Annual report of the Central Committee of the Association together with the report of the directors of the Pasteur Institute at Kasauli
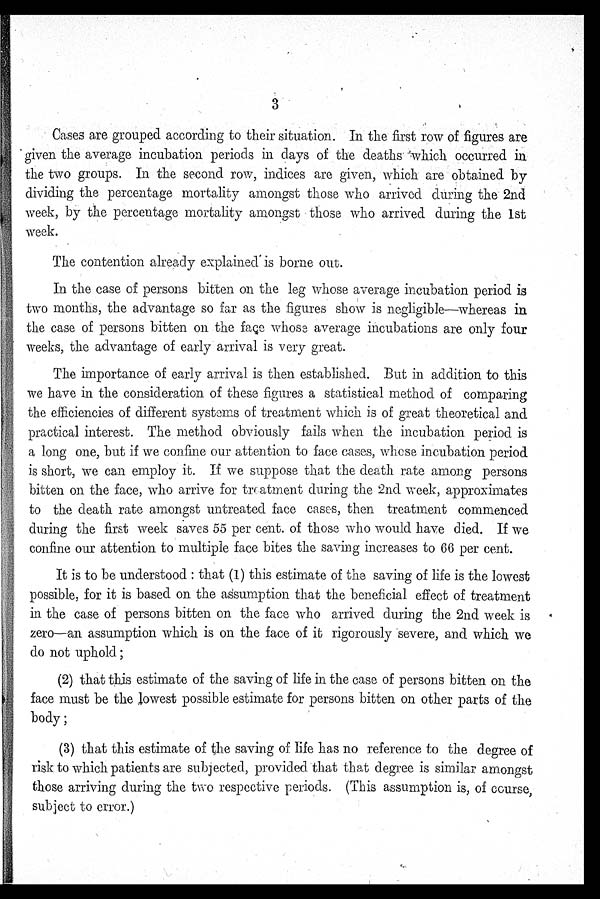
3
Cases are grouped according to their situation. In the first row of figures are
' given the average incubation periods in days of the deaths 'which occurred in
the two groups. In the second row, indices are given, which are obtained by
dividing the percentage mortality amongst those who arrived during the 2nd
week, by the percentage mortality amongst those who arrived during the 1st
week.
The contention already explained' is borne out.
In the case of persons bitten on the leg whose average incubation period is
two months, the advantage so far as the figures show is negligible—whereas in
the case of persons bitten on the face whose average incubations are only four
weeks, the advantage of early arrival is very great.
The importance of early arrival is then established. But in addition to this
w e have in the consideration of these figures a statistical method of comparing
t
he efficiencies of different systems of treatment which is of great theoretical and
p
ractical interest. The method obviously fails when the incubation period is
a long one, but if we confine our attention to face cases, whose incubation period
i s short, we can employ it. If we suppose that the death rate among persons
b itten on the face, who arrive for treatment during the 2nd week, approximates
to the death rate amongst untreated face cases, then treatment commenced
during the first week saves 55 per cent. of those who would have died. If we
c onfine our attention to multiple face bites the saving increases to 66 per cent.
It is to be understood : that (1) this estimate of the saving of life is the lowest
p ossible, for it is based on the assumption that the beneficial effect of treatment
in the case of persons bitten on the face who arrived during the 2nd week is
z ero—an assumption which is on the face of it rigorously severe, and which we
do not uphold ;
(2) that this estimate of the saving of life in the case of persons bitten on the
face must be the lowest possible estimate for persons bitten on other parts of the
body;
(3) that this estimate of the saving of life has no reference to the degree of
risk to which patients are subjected, provided that that degree is similar amongst
those arriving during the two respective periods. (This assumption is, of course,
subject to error.)